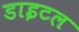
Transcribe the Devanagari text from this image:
डाइटल